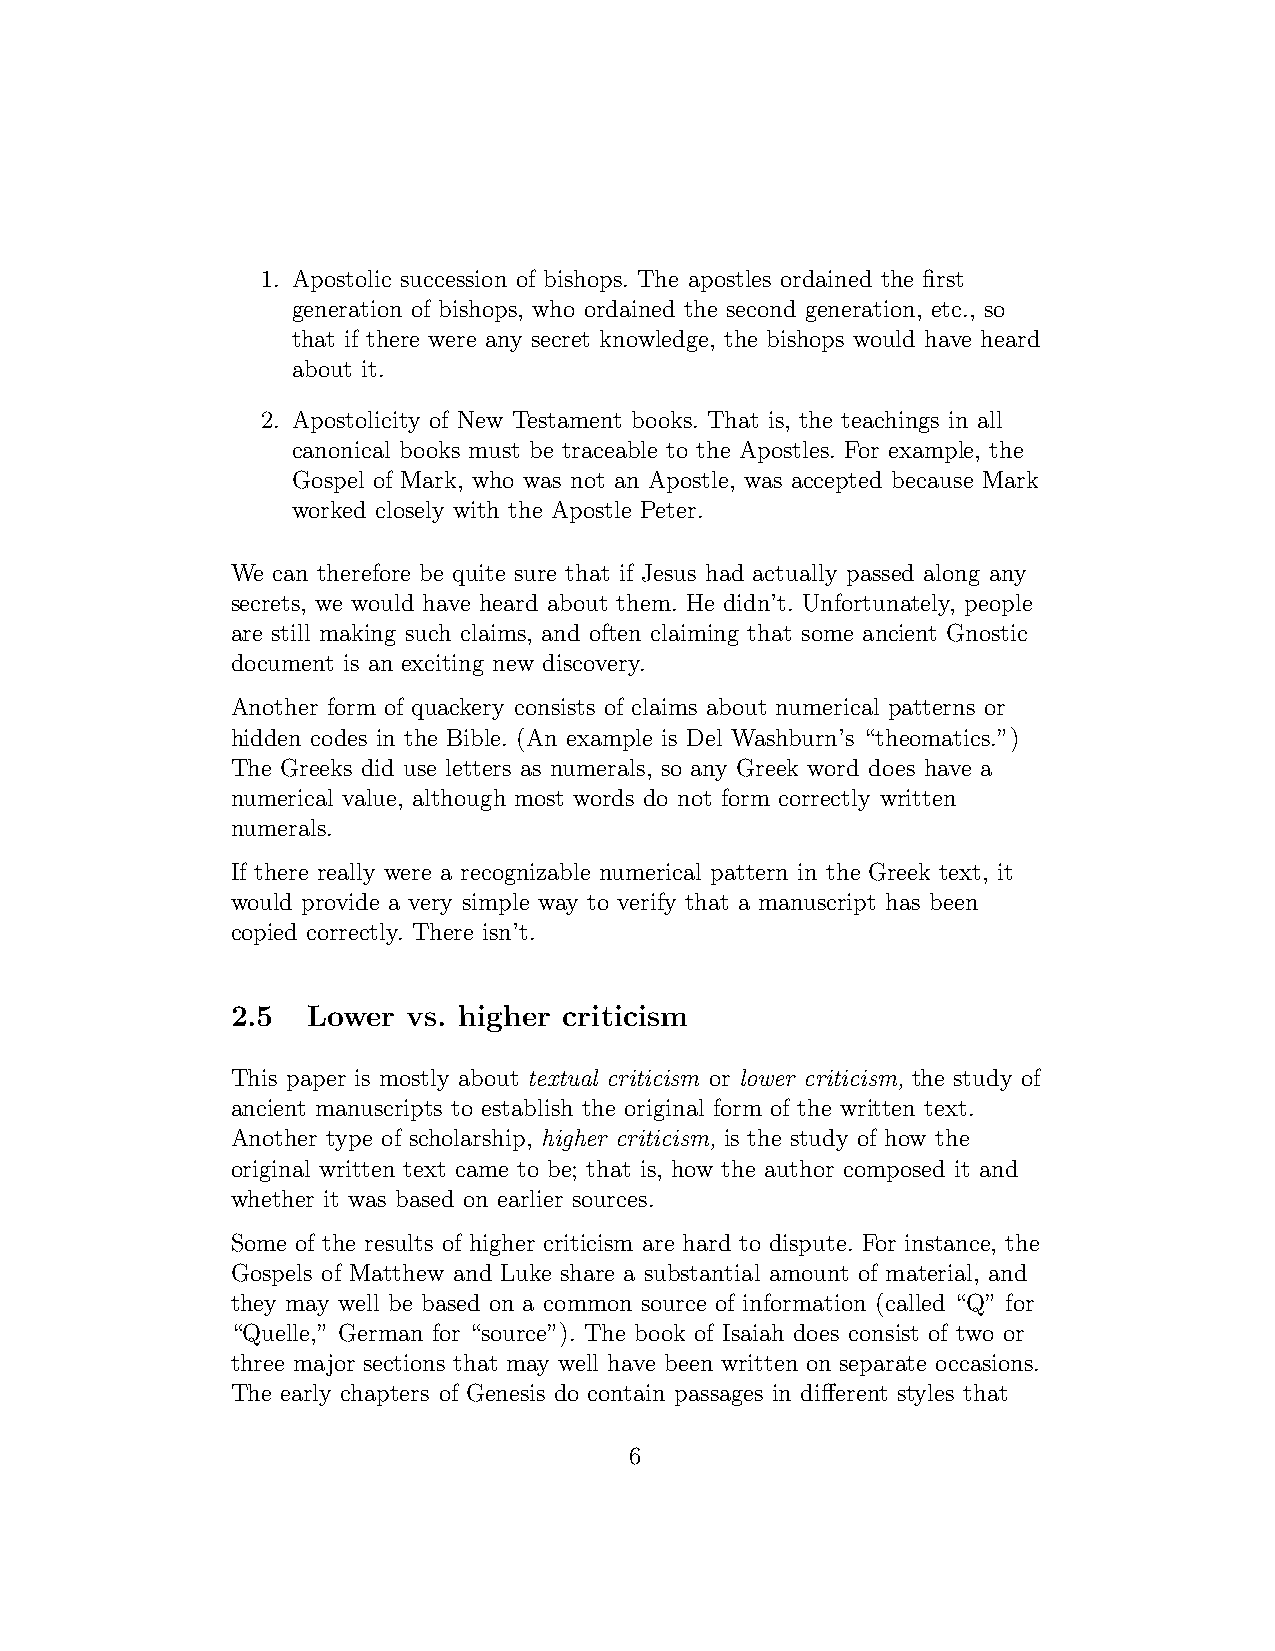
1. Apostolic succession of bishops. The apostles ordained the first
 generation of bishops, who ordained the second generation, etc., so
 that if there were any secret knowledge, the bishops would have heard
 about it.
 2. Apostolicity of New Testament books. That is, the teachings in all
 canonical books must be traceable to the Apostles. For example, the
 Gospel of Mark, who was not an Apostle, was accepted because Mark
 worked closely with the Apostle Peter.
 We can therefore be quite sure that if Jesus had actually passed along any
 secrets, we would have heard about them. He didn’t. Unfortunately, people
 are still making such claims, and often claiming that some ancient Gnostic
 document is an exciting new discovery.
 Another form of quackery consists of claims about numerical patterns or
 hidden codes in the Bible. (An example is Del Washburn’s “theomatics.”)
 The Greeks did use letters as numerals, so any Greek word does have a
 numerical value, although most words do not form correctly written
 numerals.
 If there really were a recognizable numerical pattern in the Greek text, it
 would provide a very simple way to verify that a manuscript has been
 copied correctly. There isn’t.
 2.5  Lower  vs. higher criticism
 This paper is mostly about textual criticism or lower criticism, the study of
 ancient manuscripts to establish the original form of the written text.
 Another type of scholarship, higher criticism, is the study of how the
 original written text came to be; that is, how the author composed it and
 whether it was based on earlier sources.
 Some of the results of higher criticism are hard to dispute. For instance, the
 Gospels of Matthew and Luke share a substantial amount of material, and
 they may well be based on a common source of information (called “Q” for
 “Quelle,” German for “source”). The book of Isaiah does consist of two or
 three major sections that may well have been written on separate occasions.
 The early chapters of Genesis do contain passages in different styles that
 6